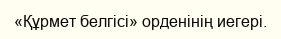
«Құрмет белгісі» орденінің иегері.